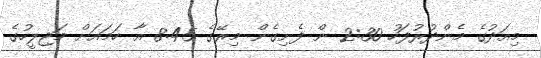
މިއަދުގެ މެންދުރުފަހު 2:30 ން ފެށިގެން މިރޭގެ 8:45 އާ ހަމައަށް މަޖިލީހުގެ